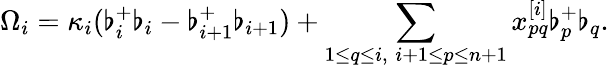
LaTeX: \Omega_{i}=\kappa_{i}(\flat_{i}^{+}\flat_{i}-\flat_{i+1}^{+}\flat_{i+1})+\sum_{1\leq q\leq i,\; i+1\leq p\leq n+1}x_{pq}^{[i]}\flat_{p}^{+}\flat_{q}.